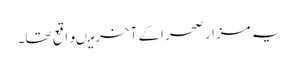
یہ مزار صحر اکے آخرمیںواقع تھا۔